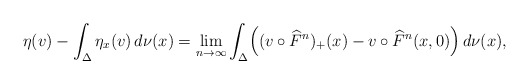
\begin{align*}\eta(v)-\int_\Delta\eta_x(v)\,d\nu(x) & =\lim_{n\to\infty}\int_\Delta \Bigl((v\circ \widehat F^n)_+(x)-v\circ \widehat F^n(x,0)\Bigr)\,d\nu(x),\end{align*}